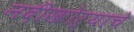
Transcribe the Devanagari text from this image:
नदीखोऱ्याचे